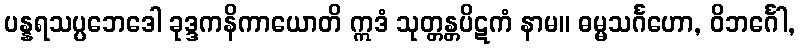
ပန္နရသပ္ပဘေဒေါ ခုဒ္ဒကနိကာယောတိ ဣဒံ သုတ္တန္တပိဋကံ နာမ။ ဓမ္မသင်္ဂဟော, ဝိဘင်္ဂေါ,